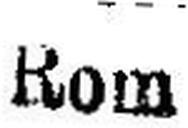
Rom